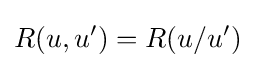
R(u,u')=R(u/u')